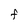
Character: F